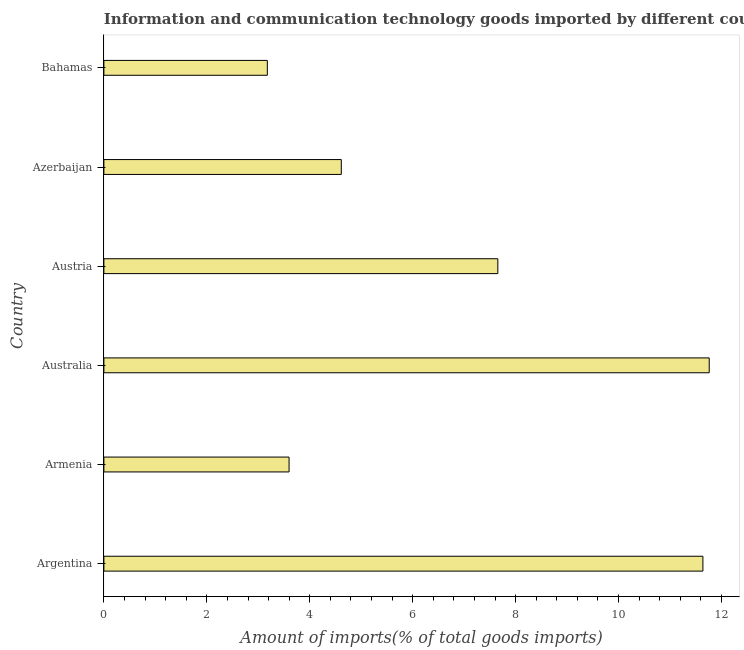
| Country | ICT goods imports |
 | --- | --- |
 | Argentina | 11.6 |
 | Armenia | 3.6 |
 | Australia | 11.8 |
 | Austria | 7.65 |
 | Azerbaijan | 4.61 |
 | Bahamas | 3.18 |